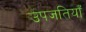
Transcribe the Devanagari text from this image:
उपजतियाँ